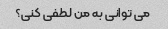
می توانی به من لطفی کنی؟